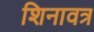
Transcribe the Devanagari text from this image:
शिनावत्र